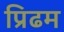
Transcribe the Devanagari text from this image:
प्रिढम